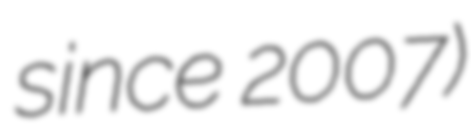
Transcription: since 2007)